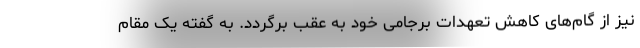
نیز از گام‌های کاهش تعهدات برجامی خود به عقب برگردد. به گفته یک مقام